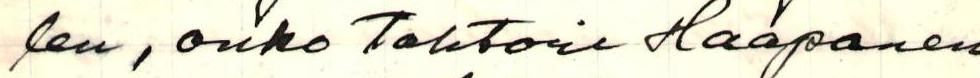
len, onko Tohtori Haapanen